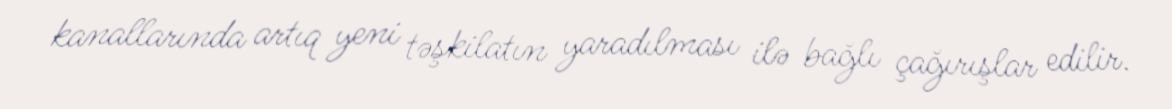
kanallarında artıq yeni təşkilatın yaradılması ilə bağlı çağırışlar edilir.